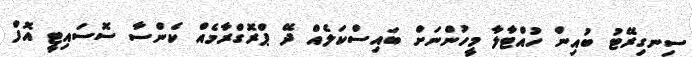
ސިނގިރޭޓު ބުއިން ހުއްޓާލާ މީހުންނަށް ބައިސްކަލެއް ދޭ ޕްރޮގްރާމެއް ކެންސާ ސޮސައިޓީ އޮފް